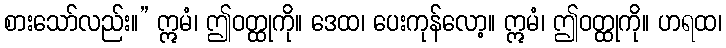
စားသော်လည်း။” ဣမံ၊ ဤဝတ္ထုကို။ ဒေထ၊ ပေးကုန်လော့။ ဣမံ၊ ဤဝတ္ထုကို။ ဟရထ၊